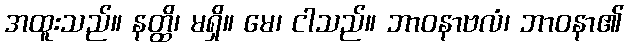
အထူးသည်။ နတ္ထိ၊ မရှိ။ မေ၊ ငါသည်။ ဘာဝနာဗလံ၊ ဘာဝနာ၏